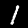
Label: 1